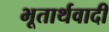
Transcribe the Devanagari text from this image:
भूतार्थवादी